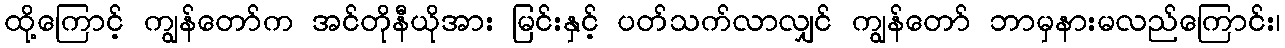
ထို့ကြောင့် ကျွန်တော်က အင်တိုနီယိုအား မြင်းနှင့် ပတ်သက်လာလျှင် ကျွန်တော် ဘာမှနားမလည်ကြောင်း၊